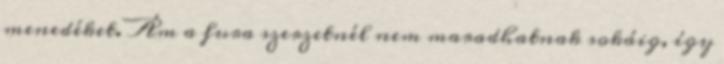
menedéket. Ám a fura szerzetnél nem maradhatnak sokáig, így